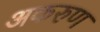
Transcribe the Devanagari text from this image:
अकरुण